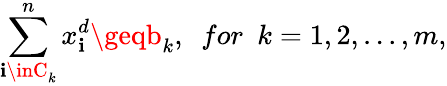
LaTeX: \sum_{\mathbf{i}\inC_{k}}^{n}x_{\mathbf{i}}^{d}\geqb_{k},~~for~~k=1,2,...,m,